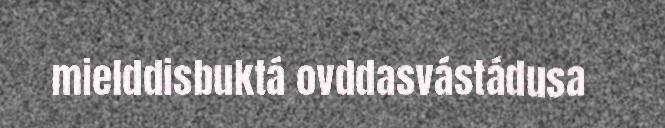
mielddisbuktá ovddasvástádusa